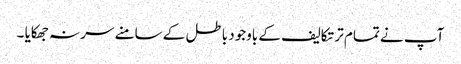
آپ نے تمام تر تکالیف کے باوجود باطل کے سامنے سر نہ جھکایا ۔